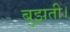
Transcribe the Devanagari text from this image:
बुझती।